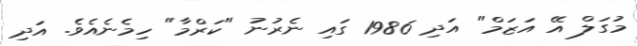
މުގަލް އޭ އަޒަމް" އަދި 1986 ގައި ނެރުނު "ކަރްމާ" ހިމެނެއެވެ. އަދި